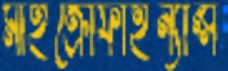
মাইক্রোফাইন্যান্স